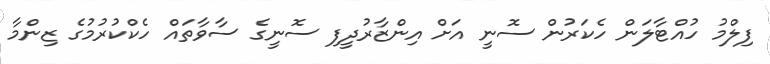
ފިލްމު ހުއްޓާލަން ހެކަރުން ސޮނީ އަށް އިންޒާރުދީފި ސޮނީގެ ސާވާތައް ހެކްކުރުމުގެ ޒިންމާ